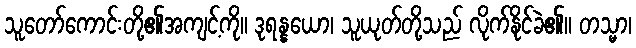
သူတော်ကောင်းတို့၏အကျင့်ကို။ ဒုရန္နယော၊ သူယုတ်တို့သည် လိုက်နိုင်ခဲ၏။ တသ္မာ၊